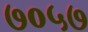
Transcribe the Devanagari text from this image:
७०५७